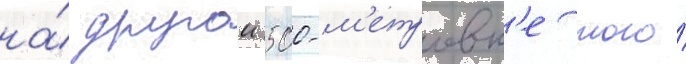
на́ другои 500-м'етровк'е того́